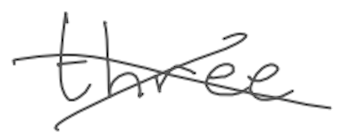
Text: three
Cross-out: cross
Writing tool: digital_gray